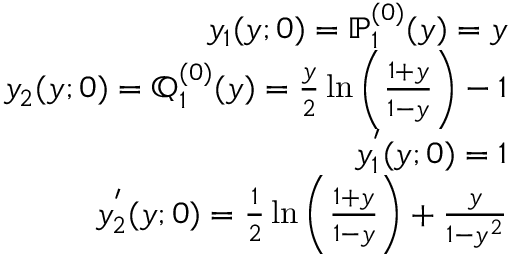
\begin{array} { r l r } & { } & { y _ { 1 } ( y ; 0 ) = \mathbb { P } _ { 1 } ^ { ( 0 ) } ( y ) = y } \\ & { } & { y _ { 2 } ( y ; 0 ) = \mathbb { Q } _ { 1 } ^ { ( 0 ) } ( y ) = \frac { y } { 2 } \ln \left( \frac { 1 + y } { 1 - y } \right) - 1 } \\ & { } & { y _ { 1 } ^ { ' } ( y ; 0 ) = 1 } \\ & { } & { y _ { 2 } ^ { ' } ( y ; 0 ) = \frac { 1 } { 2 } \ln \left( \frac { 1 + y } { 1 - y } \right) + \frac { y } { 1 - y ^ { 2 } } } \end{array}